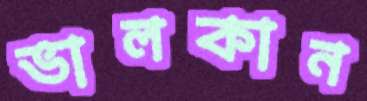
ভালকান